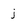
Character: j